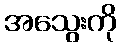
အသွေးကို